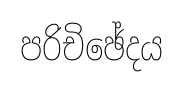
පරිචිඡේදය